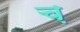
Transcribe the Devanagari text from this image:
च़